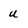
Character: u